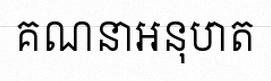
គណនាអនុបាត